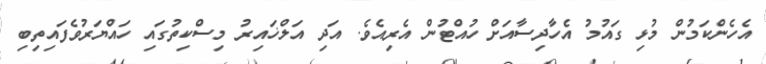
އެހެންކަމުން މުޅި ގައުމު އެހާދިސާއަށް ހުއްޓުން އެރިއެވެ. އަދި އަލްޚައިރު މިސްކިތުގައި ހައްޔަރުވެފައިތިބި